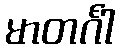
မာတင်္ဂါ